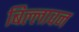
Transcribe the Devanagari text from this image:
बिल्लावन